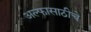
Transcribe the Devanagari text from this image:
अल्फासाठीचे